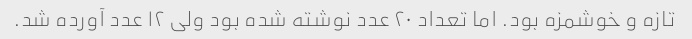
تازه و خوشمزه بود. اما تعداد ۲۰ عدد نوشته شده بود ولی ۱۲ عدد آورده شد.